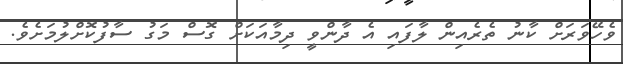
ވެހޭވަރަށް ކާނު ތެރެއިން ލާފައި އެ ދާންވީ ދިމާއަކަށް ގޮސް މަގު ސާފުކޮށްލުމަށެވެ.